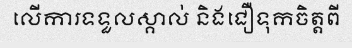
លើការទទួលស្គាល់ និងជឿទុកចិត្តពី